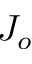
J _ { o }